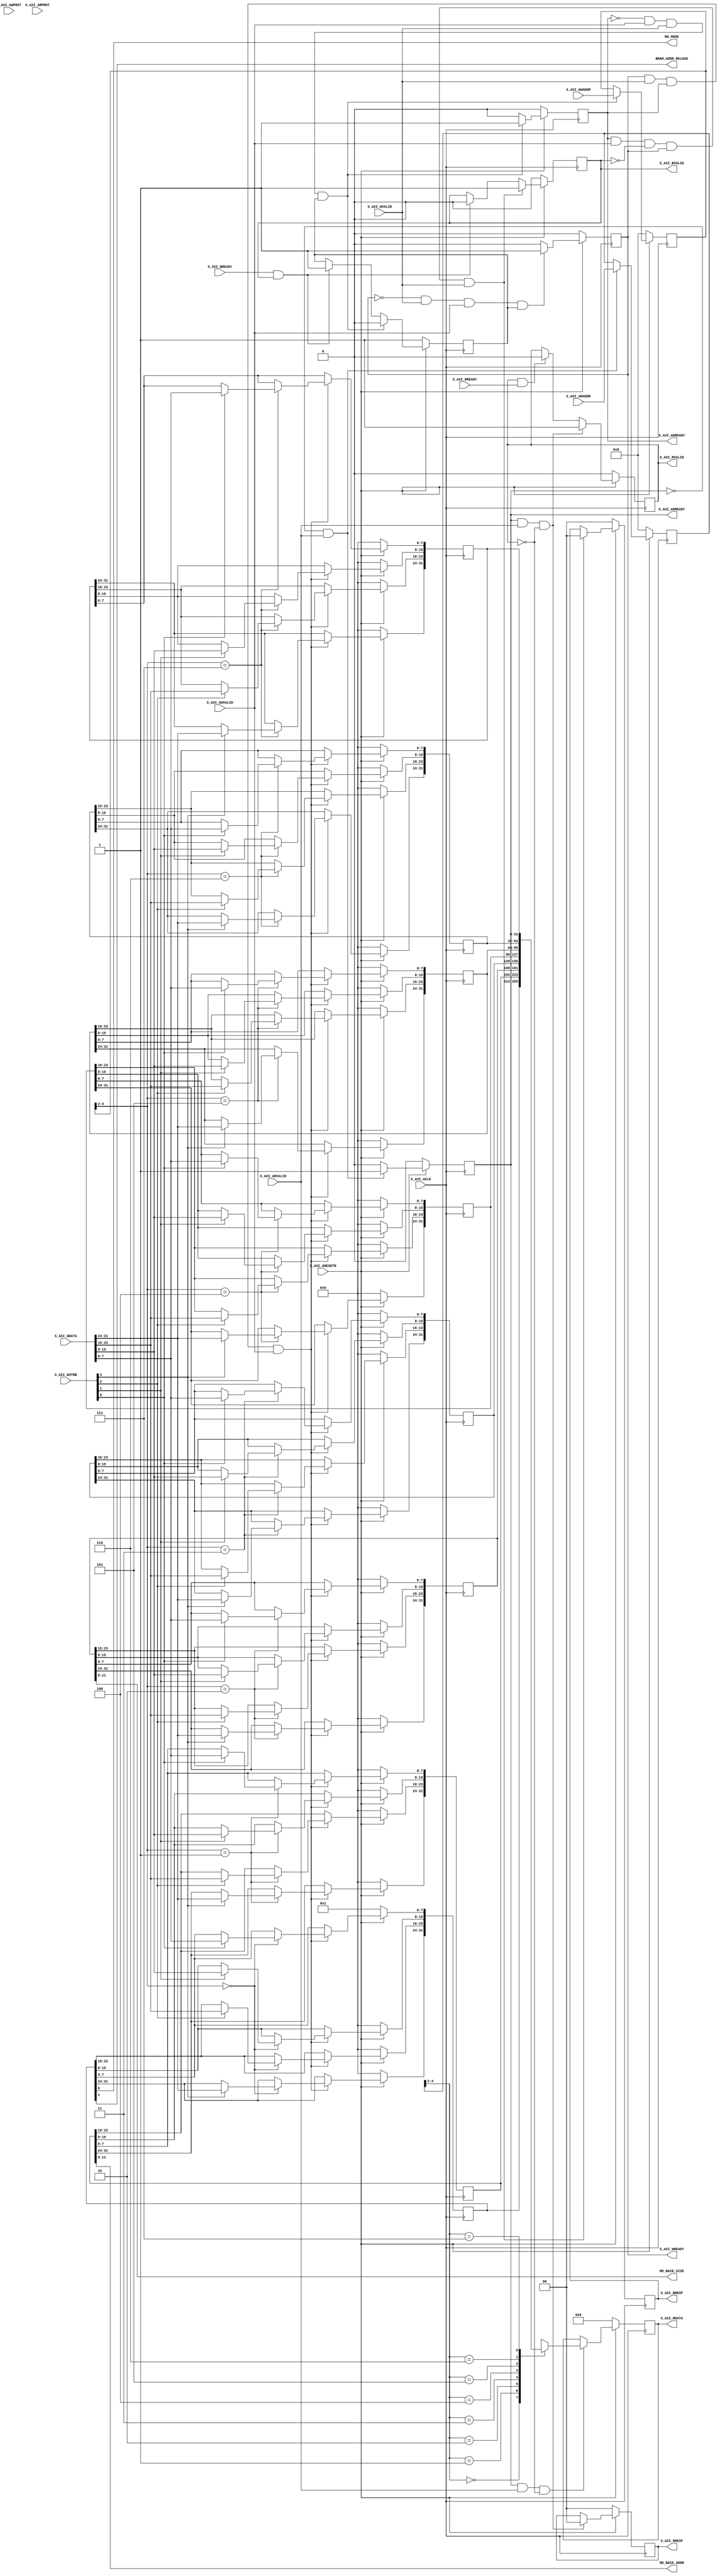
//Modified AXI-lite interface
//add a RW_MODE output wire
//getting its value of slv_reg0[0]
//slv_reg1 denotes the start address
//slv_reg2 denotes the length of read back
//0 represent read mode while 1 represent write mode
`timescale 1 ns / 1 ps

	module axis_bram_adapter_v1_0_S02_AXI #
	(
        parameter integer BRAM_DEPTH = 12,
		parameter integer C_S_AXI_DATA_WIDTH	= 32,
		parameter integer C_S_AXI_ADDR_WIDTH	= 5
	)
	(
		// Users to add ports here

		// User ports ends
		// Do not modify the ports beyond this line

		// Global Clock Signal
		input wire  S_AXI_ACLK,
		// Global Reset Signal. This Signal is Active LOW
		input wire  S_AXI_ARESETN,
		// Write address (issued by master, acceped by Slave)
		input wire [C_S_AXI_ADDR_WIDTH-1 : 0] S_AXI_AWADDR,
		// Write channel Protection type. This signal indicates the
    		// privilege and security level of the transaction, and whether
    		// the transaction is a data access or an instruction access.
		input wire [2 : 0] S_AXI_AWPROT,
		// Write address valid. This signal indicates that the master signaling
    		// valid write address and control information.
		input wire  S_AXI_AWVALID,
		// Write address ready. This signal indicates that the slave is ready
    		// to accept an address and associated control signals.
		output wire  S_AXI_AWREADY,
		// Write data (issued by master, acceped by Slave) 
		input wire [C_S_AXI_DATA_WIDTH-1 : 0] S_AXI_WDATA,
		// Write strobes. This signal indicates which byte lanes hold
    		// valid data. There is one write strobe bit for each eight
    		// bits of the write data bus.    
		input wire [(C_S_AXI_DATA_WIDTH/8)-1 : 0] S_AXI_WSTRB,
		// Write valid. This signal indicates that valid write
    		// data and strobes are available.
		input wire  S_AXI_WVALID,
		// Write ready. This signal indicates that the slave
    		// can accept the write data.
		output wire  S_AXI_WREADY,
		// Write response. This signal indicates the status
    		// of the write transaction.
		output wire [1 : 0] S_AXI_BRESP,
		// Write response valid. This signal indicates that the channel
    		// is signaling a valid write response.
		output wire  S_AXI_BVALID,
		// Response ready. This signal indicates that the master
    		// can accept a write response.
		input wire  S_AXI_BREADY,
		// Read address (issued by master, acceped by Slave)
		input wire [C_S_AXI_ADDR_WIDTH-1 : 0] S_AXI_ARADDR,
		// Protection type. This signal indicates the privilege
    		// and security level of the transaction, and whether the
    		// transaction is a data access or an instruction access.
		input wire [2 : 0] S_AXI_ARPROT,
		// Read address valid. This signal indicates that the channel
    		// is signaling valid read address and control information.
		input wire  S_AXI_ARVALID,
		// Read address ready. This signal indicates that the slave is
    		// ready to accept an address and associated control signals.
		output wire  S_AXI_ARREADY,
		// Read data (issued by slave)
		output wire [C_S_AXI_DATA_WIDTH-1 : 0] S_AXI_RDATA,
		// Read response. This signal indicates the status of the
    		// read transfer.
		output wire [1 : 0] S_AXI_RRESP,
		// Read valid. This signal indicates that the channel is
    		// signaling the required read data.
		output wire  S_AXI_RVALID,
		// Read ready. This signal indicates that the master can
    		// accept the read data and response information.
		input wire  S_AXI_RREADY,
        
        //Added ports
        output wire RW_MODE, 
        output wire BRAM_ADDR_RELOAD,
        output wire [BRAM_DEPTH	-1:0] RD_BACK_ADDR, 
        output wire [BRAM_DEPTH	-1:0] RD_BACK_SIZE
	);

	// AXI4LITE signals
	reg [C_S_AXI_ADDR_WIDTH-1 : 0] 	axi_awaddr;
	reg  	axi_awready;
	reg  	axi_wready;
	reg [1 : 0] 	axi_bresp;
	reg  	axi_bvalid;
	reg [C_S_AXI_ADDR_WIDTH-1 : 0] 	axi_araddr;
	reg  	axi_arready;
	reg [C_S_AXI_DATA_WIDTH-1 : 0] 	axi_rdata;
	reg [1 : 0] 	axi_rresp;
	reg  	axi_rvalid;

	// Example-specific design signals
	// local parameter for addressing 32 bit / 64 bit C_S_AXI_DATA_WIDTH
	// ADDR_LSB is used for addressing 32/64 bit registers/memories
	// ADDR_LSB = 2 for 32 bits (n downto 2)
	// ADDR_LSB = 3 for 64 bits (n downto 3)
	localparam integer ADDR_LSB = (C_S_AXI_DATA_WIDTH/32) + 1;
	localparam integer OPT_MEM_ADDR_BITS = 2;
	//----------------------------------------------
	//-- Signals for user logic register space example
	//------------------------------------------------
	//-- Number of Slave Registers 8
	reg [C_S_AXI_DATA_WIDTH-1:0]	slv_reg0;
	reg [C_S_AXI_DATA_WIDTH-1:0]	slv_reg1;
	reg [C_S_AXI_DATA_WIDTH-1:0]	slv_reg2;
	reg [C_S_AXI_DATA_WIDTH-1:0]	slv_reg3;
	reg [C_S_AXI_DATA_WIDTH-1:0]	slv_reg4;
	reg [C_S_AXI_DATA_WIDTH-1:0]	slv_reg5;
	reg [C_S_AXI_DATA_WIDTH-1:0]	slv_reg6;
	reg [C_S_AXI_DATA_WIDTH-1:0]	slv_reg7;
	wire	 slv_reg_rden;
	wire	 slv_reg_wren;
	reg [C_S_AXI_DATA_WIDTH-1:0]	 reg_data_out;
	integer	 byte_index;
	reg	 aw_en;

	// I/O Connections assignments

	assign S_AXI_AWREADY	= axi_awready;
	assign S_AXI_WREADY	= axi_wready;
	assign S_AXI_BRESP	= axi_bresp;
	assign S_AXI_BVALID	= axi_bvalid;
	assign S_AXI_ARREADY	= axi_arready;
	assign S_AXI_RDATA	= axi_rdata;
	assign S_AXI_RRESP	= axi_rresp;
	assign S_AXI_RVALID	= axi_rvalid;
	// Implement axi_awready generation
	// axi_awready is asserted for one S_AXI_ACLK clock cycle when both
	// S_AXI_AWVALID and S_AXI_WVALID are asserted. axi_awready is
	// de-asserted when reset is low.

	always @( posedge S_AXI_ACLK )
	begin
	  if ( S_AXI_ARESETN == 1'b0 )
	    begin
	      axi_awready <= 1'b0;
	      aw_en <= 1'b1;
	    end 
	  else
	    begin    
	      if (~axi_awready && S_AXI_AWVALID && S_AXI_WVALID && aw_en)
	        begin
	          // slave is ready to accept write address when 
	          // there is a valid write address and write data
	          // on the write address and data bus. This design 
	          // expects no outstanding transactions. 
	          axi_awready <= 1'b1;
	          aw_en <= 1'b0;
	        end
	        else if (S_AXI_BREADY && axi_bvalid)
	            begin
	              aw_en <= 1'b1;
	              axi_awready <= 1'b0;
	            end
	      else           
	        begin
	          axi_awready <= 1'b0;
	        end
	    end 
	end       

	// Implement axi_awaddr latching
	// This process is used to latch the address when both 
	// S_AXI_AWVALID and S_AXI_WVALID are valid. 

	always @( posedge S_AXI_ACLK )
	begin
	  if ( S_AXI_ARESETN == 1'b0 )
	    begin
	      axi_awaddr <= 0;
	    end 
	  else
	    begin    
	      if (~axi_awready && S_AXI_AWVALID && S_AXI_WVALID && aw_en)
	        begin
	          // Write Address latching 
	          axi_awaddr <= S_AXI_AWADDR;
	        end
	    end 
	end       

	// Implement axi_wready generation
	// axi_wready is asserted for one S_AXI_ACLK clock cycle when both
	// S_AXI_AWVALID and S_AXI_WVALID are asserted. axi_wready is 
	// de-asserted when reset is low. 

	always @( posedge S_AXI_ACLK )
	begin
	  if ( S_AXI_ARESETN == 1'b0 )
	    begin
	      axi_wready <= 1'b0;
	    end 
	  else
	    begin    
	      if (~axi_wready && S_AXI_WVALID && S_AXI_AWVALID && aw_en )
	        begin
	          // slave is ready to accept write data when 
	          // there is a valid write address and write data
	          // on the write address and data bus. This design 
	          // expects no outstanding transactions. 
	          axi_wready <= 1'b1;
	        end
	      else
	        begin
	          axi_wready <= 1'b0;
	        end
	    end 
	end       

	// Implement memory mapped register select and write logic generation
	// The write data is accepted and written to memory mapped registers when
	// axi_awready, S_AXI_WVALID, axi_wready and S_AXI_WVALID are asserted. Write strobes are used to
	// select byte enables of slave registers while writing.
	// These registers are cleared when reset (active low) is applied.
	// Slave register write enable is asserted when valid address and data are available
	// and the slave is ready to accept the write address and write data.
	assign slv_reg_wren = axi_wready && S_AXI_WVALID && axi_awready && S_AXI_AWVALID;

	always @( posedge S_AXI_ACLK )
	begin
	  if ( S_AXI_ARESETN == 1'b0 )
	    begin
	      slv_reg0 <= 1;
	      slv_reg1 <= 0;
	      slv_reg2 <= 0;
	      slv_reg3 <= 0;
	      slv_reg4 <= 0;
	      slv_reg5 <= 0;
	      slv_reg6 <= 0;
	      slv_reg7 <= 0;
	    end 
	  else begin
	    if (slv_reg_wren)
	      begin
	        case ( axi_awaddr[ADDR_LSB+OPT_MEM_ADDR_BITS:ADDR_LSB] )
	          3'h0:
	            for ( byte_index = 0; byte_index <= (C_S_AXI_DATA_WIDTH/8)-1; byte_index = byte_index+1 )
	              if ( S_AXI_WSTRB[byte_index] == 1 ) begin
	                // Respective byte enables are asserted as per write strobes 
	                // Slave register 0
	                slv_reg0[(byte_index*8) +: 8] <= S_AXI_WDATA[(byte_index*8) +: 8];
	              end  
	          3'h1:
	            for ( byte_index = 0; byte_index <= (C_S_AXI_DATA_WIDTH/8)-1; byte_index = byte_index+1 )
	              if ( S_AXI_WSTRB[byte_index] == 1 ) begin
	                // Respective byte enables are asserted as per write strobes 
	                // Slave register 1
	                slv_reg1[(byte_index*8) +: 8] <= S_AXI_WDATA[(byte_index*8) +: 8];
	              end  
	          3'h2:
	            for ( byte_index = 0; byte_index <= (C_S_AXI_DATA_WIDTH/8)-1; byte_index = byte_index+1 )
	              if ( S_AXI_WSTRB[byte_index] == 1 ) begin
	                // Respective byte enables are asserted as per write strobes 
	                // Slave register 2
	                slv_reg2[(byte_index*8) +: 8] <= S_AXI_WDATA[(byte_index*8) +: 8];
	              end  
	          3'h3:
	            for ( byte_index = 0; byte_index <= (C_S_AXI_DATA_WIDTH/8)-1; byte_index = byte_index+1 )
	              if ( S_AXI_WSTRB[byte_index] == 1 ) begin
	                // Respective byte enables are asserted as per write strobes 
	                // Slave register 3
	                slv_reg3[(byte_index*8) +: 8] <= S_AXI_WDATA[(byte_index*8) +: 8];
	              end  
	          3'h4:
	            for ( byte_index = 0; byte_index <= (C_S_AXI_DATA_WIDTH/8)-1; byte_index = byte_index+1 )
	              if ( S_AXI_WSTRB[byte_index] == 1 ) begin
	                // Respective byte enables are asserted as per write strobes 
	                // Slave register 4
	                slv_reg4[(byte_index*8) +: 8] <= S_AXI_WDATA[(byte_index*8) +: 8];
	              end  
	          3'h5:
	            for ( byte_index = 0; byte_index <= (C_S_AXI_DATA_WIDTH/8)-1; byte_index = byte_index+1 )
	              if ( S_AXI_WSTRB[byte_index] == 1 ) begin
	                // Respective byte enables are asserted as per write strobes 
	                // Slave register 5
	                slv_reg5[(byte_index*8) +: 8] <= S_AXI_WDATA[(byte_index*8) +: 8];
	              end  
	          3'h6:
	            for ( byte_index = 0; byte_index <= (C_S_AXI_DATA_WIDTH/8)-1; byte_index = byte_index+1 )
	              if ( S_AXI_WSTRB[byte_index] == 1 ) begin
	                // Respective byte enables are asserted as per write strobes 
	                // Slave register 6
	                slv_reg6[(byte_index*8) +: 8] <= S_AXI_WDATA[(byte_index*8) +: 8];
	              end  
	          3'h7:
	            for ( byte_index = 0; byte_index <= (C_S_AXI_DATA_WIDTH/8)-1; byte_index = byte_index+1 )
	              if ( S_AXI_WSTRB[byte_index] == 1 ) begin
	                // Respective byte enables are asserted as per write strobes 
	                // Slave register 7
	                slv_reg7[(byte_index*8) +: 8] <= S_AXI_WDATA[(byte_index*8) +: 8];
	              end  
	          default : begin
	                      slv_reg0 <= slv_reg0;
	                      slv_reg1 <= slv_reg1;
	                      slv_reg2 <= slv_reg2;
	                      slv_reg3 <= slv_reg3;
	                      slv_reg4 <= slv_reg4;
	                      slv_reg5 <= slv_reg5;
	                      slv_reg6 <= slv_reg6;
	                      slv_reg7 <= slv_reg7;
	                    end
	        endcase
	      end
	  end
	end    

	// Implement write response logic generation
	// The write response and response valid signals are asserted by the slave 
	// when axi_wready, S_AXI_WVALID, axi_wready and S_AXI_WVALID are asserted.  
	// This marks the acceptance of address and indicates the status of 
	// write transaction.

	always @( posedge S_AXI_ACLK )
	begin
	  if ( S_AXI_ARESETN == 1'b0 )
	    begin
	      axi_bvalid  <= 0;
	      axi_bresp   <= 2'b0;
	    end 
	  else
	    begin    
	      if (axi_awready && S_AXI_AWVALID && ~axi_bvalid && axi_wready && S_AXI_WVALID)
	        begin
	          // indicates a valid write response is available
	          axi_bvalid <= 1'b1;
	          axi_bresp  <= 2'b0; // 'OKAY' response 
	        end                   // work error responses in future
	      else
	        begin
	          if (S_AXI_BREADY && axi_bvalid) 
	            //check if bready is asserted while bvalid is high) 
	            //(there is a possibility that bready is always asserted high)   
	            begin
	              axi_bvalid <= 1'b0; 
	            end  
	        end
	    end
	end   

	// Implement axi_arready generation
	// axi_arready is asserted for one S_AXI_ACLK clock cycle when
	// S_AXI_ARVALID is asserted. axi_awready is 
	// de-asserted when reset (active low) is asserted. 
	// The read address is also latched when S_AXI_ARVALID is 
	// asserted. axi_araddr is reset to zero on reset assertion.

	always @( posedge S_AXI_ACLK )
	begin
	  if ( S_AXI_ARESETN == 1'b0 )
	    begin
	      axi_arready <= 1'b0;
	      axi_araddr  <= 32'b0;
	    end 
	  else
	    begin    
	      if (~axi_arready && S_AXI_ARVALID)
	        begin
	          // indicates that the slave has acceped the valid read address
	          axi_arready <= 1'b1;
	          // Read address latching
	          axi_araddr  <= S_AXI_ARADDR;
	        end
	      else
	        begin
	          axi_arready <= 1'b0;
	        end
	    end 
	end       

	// Implement axi_arvalid generation
	// axi_rvalid is asserted for one S_AXI_ACLK clock cycle when both 
	// S_AXI_ARVALID and axi_arready are asserted. The slave registers 
	// data are available on the axi_rdata bus at this instance. The 
	// assertion of axi_rvalid marks the validity of read data on the 
	// bus and axi_rresp indicates the status of read transaction.axi_rvalid 
	// is deasserted on reset (active low). axi_rresp and axi_rdata are 
	// cleared to zero on reset (active low).  
	always @( posedge S_AXI_ACLK )
	begin
	  if ( S_AXI_ARESETN == 1'b0 )
	    begin
	      axi_rvalid <= 0;
	      axi_rresp  <= 0;
	    end 
	  else
	    begin    
	      if (axi_arready && S_AXI_ARVALID && ~axi_rvalid)
	        begin
	          // Valid read data is available at the read data bus
	          axi_rvalid <= 1'b1;
	          axi_rresp  <= 2'b0; // 'OKAY' response
	        end   
	      else if (axi_rvalid && S_AXI_RREADY)
	        begin
	          // Read data is accepted by the master
	          axi_rvalid <= 1'b0;
	        end                
	    end
	end    

	// Implement memory mapped register select and read logic generation
	// Slave register read enable is asserted when valid address is available
	// and the slave is ready to accept the read address.
	assign slv_reg_rden = axi_arready & S_AXI_ARVALID & ~axi_rvalid;
	always @(*)
	begin
	      // Address decoding for reading registers
	      case ( axi_araddr[ADDR_LSB+OPT_MEM_ADDR_BITS:ADDR_LSB] )
	        3'h0   : reg_data_out <= slv_reg0;
	        3'h1   : reg_data_out <= slv_reg1;
	        3'h2   : reg_data_out <= slv_reg2;
	        3'h3   : reg_data_out <= slv_reg3;
	        3'h4   : reg_data_out <= slv_reg4;
	        3'h5   : reg_data_out <= slv_reg5;
	        3'h6   : reg_data_out <= slv_reg6;
	        3'h7   : reg_data_out <= slv_reg7;
	        default : reg_data_out <= 0;
	      endcase
	end

	// Output register or memory read data
	always @( posedge S_AXI_ACLK )
	begin
	  if ( S_AXI_ARESETN == 1'b0 )
	    begin
	      axi_rdata  <= 0;
	    end 
	  else
	    begin    
	      // When there is a valid read address (S_AXI_ARVALID) with 
	      // acceptance of read address by the slave (axi_arready), 
	      // output the read dada 
	      if (slv_reg_rden)
	        begin
	          axi_rdata <= reg_data_out;     // register read data
	        end   
	    end
	end    

	// Add user logic here
    assign RW_MODE = slv_reg0[0];
    assign BRAM_ADDR_RELOAD = slv_reg0[1];//relaod every upper_level
    assign RD_BACK_ADDR = slv_reg1[BRAM_DEPTH-1:0];
    assign RD_BACK_SIZE = slv_reg2[BRAM_DEPTH-1:0];


	// User logic ends

	endmodule